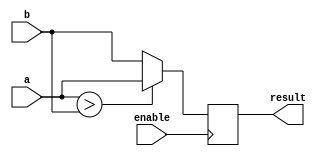
module if_else_tutorial (
    input wire enable,
    input wire a,
    input wire b,
    output reg result
);

always @ (posedge enable) begin
    // Using ternary operator to implement if-else statement
    result <= (a > b) ? a : b;
end

endmodule